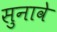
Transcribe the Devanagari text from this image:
सुनावे